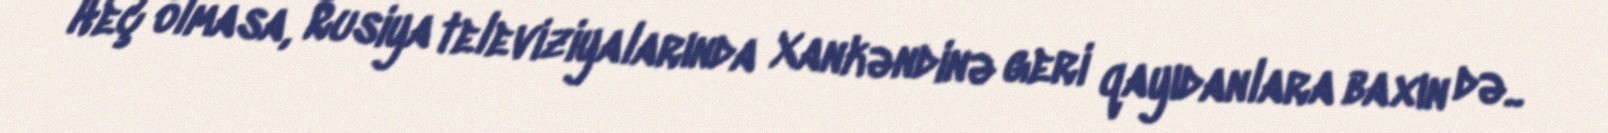
Heç olmasa, Rusiya televiziyalarında Xankəndinə geri qayıdanlara baxın də..